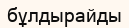
бұлдырайды